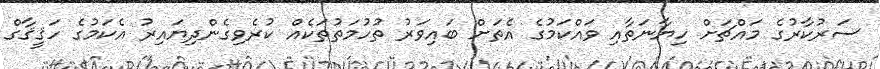
ސަރުކާރުގެ މައްޗަށް ހިޔާނަތާއި ވައްކަމުގެ އެތަށް ބައިވަރު ތުހުމަތުތަކެއް ކުރެވިިގެންދިޔައިރު އެކަމުގެ ހަޤީޤާގް